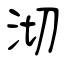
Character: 沏